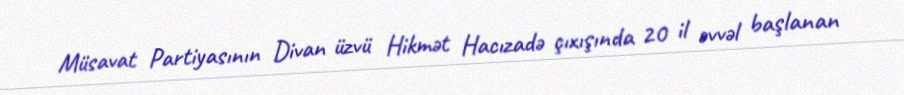
Müsavat Partiyasının Divan üzvü Hikmət Hacızadə çıxışında 20 il əvvəl başlanan